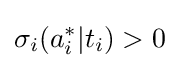
\sigma _{i}(a_{i}^{*}|t_{i})>0